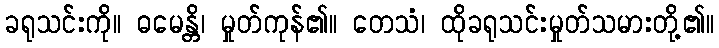
ခရုသင်းကို။ ဓမေန္တိ၊ မှုတ်ကုန်၏။ တေသံ၊ ထိုခရုသင်းမှုတ်သမားတို့၏။